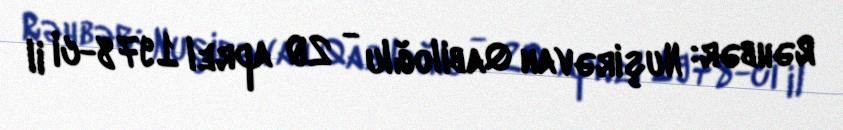
Rəhbər: Nuşirəvan Qabiloğlu - 20 aprel 1978-ci il